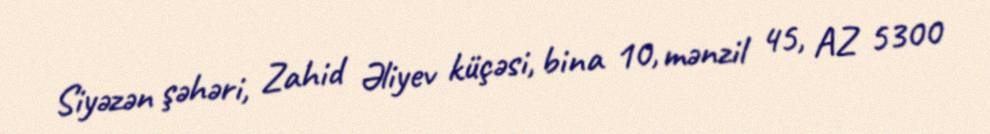
Siyəzən şəhəri, Zahid Əliyev küçəsi, bina 10, mənzil 45, AZ 5300